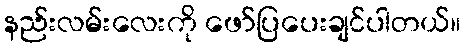
နည်းလမ်းလေးကို ဖော်ပြပေးချင်ပါတယ်။